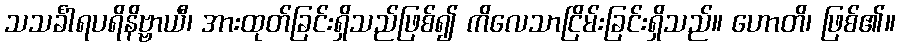
သသင်္ခါရပရိနိဗ္ဗာယီ၊ အားထုတ်ခြင်းရှိသည်ဖြစ်၍ ကိလေသာငြိမ်းခြင်းရှိသည်။ ဟောတိ၊ ဖြစ်၏။